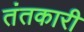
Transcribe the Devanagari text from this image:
तंतकारी